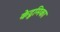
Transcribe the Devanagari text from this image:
केद्रुमिका